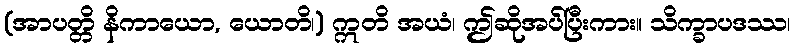
(အာပတ္တိ နိကာယော, ယောတိ၊) ဣတိ အယံ၊ ဤဆိုအပ်ပြီးကား။ သိက္ခာပဒဿ၊